Problem: 26 + 4 = ?
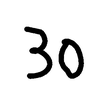
Handwritten answer: 30